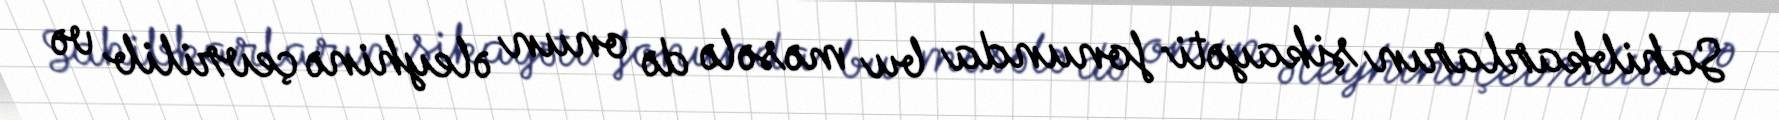
Sahibkarların şikayəti fonunda bu məsələ də onun əleyhinə çevrilib və